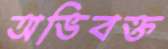
অভিবক্ত